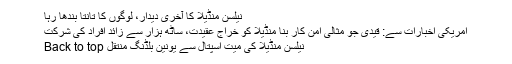
نیلسن منڈیلا کا آخری دیدار، لوگوں کا تانتا بندھا رہا
امریکی اخبارات سے: قیدی جو مثالی امن کار بنا منڈیلا کو خراجِ عقیدت، ساٹھ ہزار سے زائد افراد کی شرکت
نیلسن منڈیلا کی میت اسپتال سے یونین بلڈنگ منتقل Back to top